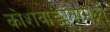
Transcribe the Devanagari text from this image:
कोशवाङ्मयामध्ये